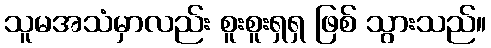
သူမအသံမှာလည်း စူးစူးရှရှ ဖြစ် သွားသည်။